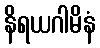
နိရယဂါမိနံ